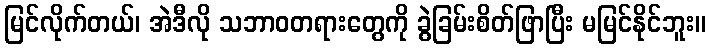
မြင်လိုက်တယ်၊ အဲဒီလို သဘာဝတရားတွေကို ခွဲခြမ်းစိတ်ဖြာပြီး မမြင်နိုင်ဘူး။